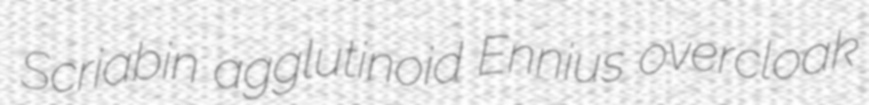
Scriabin agglutinoid Ennius overcloak